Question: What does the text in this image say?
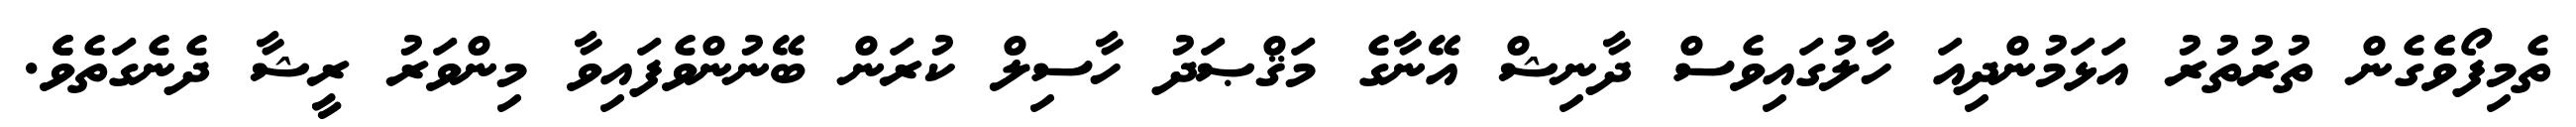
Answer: ތެމިފޯވެެގެން ތުރުތުރު އަޅަމުންދިއަ ހާލުގައިވެސް ދާނިޝް އޭނާގެ މަޤްޞަދު ހާސިލް ކުރަން ބޭނުންވެފައިވާ މިންވަރު ރީޝާ ދެނެގަތެވެެ.